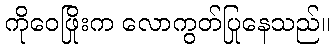
ကိုဝေဖြိုးက လောကွတ်ပြုနေသည်။